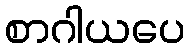
စာဂါယပေ